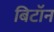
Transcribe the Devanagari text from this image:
बिटॉन